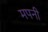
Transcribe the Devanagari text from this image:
मपनी